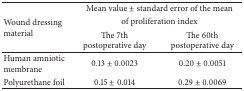
<table><thead><tr><td rowspan="3"><b>Wound dressing material</b></td><td colspan="2"><b>Mean value ± standard error of the mean </b></td></tr><tr><td colspan="2"><b>of proliferation index</b></td></tr><tr><td><b>The 7th postoperative day</b></td><td><b>The 60th postoperative day</b></td></tr></thead><tbody><tr><td>Human amniotic membrane</td><td>0.13 ± 0.0023</td><td>0.20 ± 0.0051</td></tr><tr><td>Polyurethane foil</td><td>0.15 ± 0.014</td><td>0.29 ± 0.0069</td></tr></tbody></table>